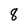
Character: 8